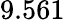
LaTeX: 9.561